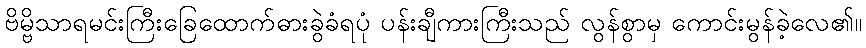
ဗိမ္ဗိသာရမင်းကြီးခြေထောက်ဓားခွဲခံရပုံ ပန်းချီကားကြီးသည် လွန်စွာမှ ကောင်းမွန်ခဲ့လေ၏။